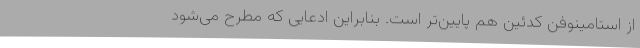
از استامینوفن کدئین هم پایین‌تر است. بنابراین ادعایی که مطرح می‌شود